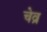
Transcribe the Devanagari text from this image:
चेव्र